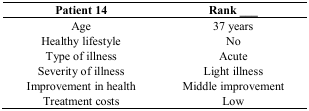
<table><thead><tr><td><b>Patient 14</b></td><td><b>Rank ___</b></td></tr></thead><tbody><tr><td>Age</td><td>37 years</td></tr><tr><td>Healthy lifestyle</td><td>No</td></tr><tr><td>Type of illness</td><td>Acute</td></tr><tr><td>Severity of illness</td><td>Light illness</td></tr><tr><td>Improvement in health</td><td>Middle improvement</td></tr><tr><td>Treatment costs</td><td>Low</td></tr></tbody></table>